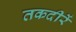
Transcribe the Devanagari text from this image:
तकदीरें